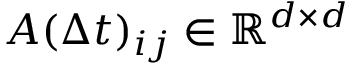
A ( \Delta t ) _ { i j } \in \mathbb { R } ^ { d \times d }